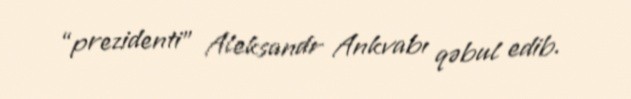
“prezidenti” Aleksandr Ankvabı qəbul edib.